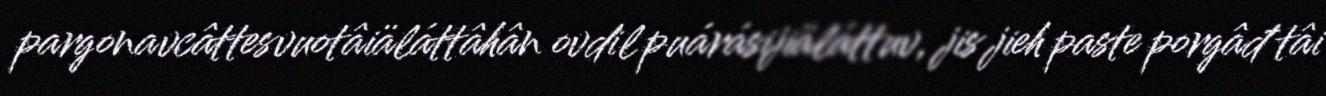
pargonavcâttesvuotâiäláttâhân ovdil puárásijiäláttuv, jis jieh paste porgâđ tâi